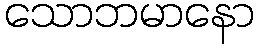
သောဘမာနော